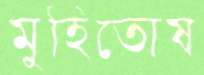
মুহিতোষ